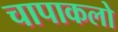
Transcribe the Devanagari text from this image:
चापाकलो